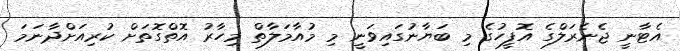
އެޓާނީ ޖެނެރަލްގެ އޮފީހުގެ މި ބަޔާނުގައިވަނީ މި މުއާމަލާތް މިހާރު އޮތްގޮތަށް ކުރިއަށްދާނަމަ